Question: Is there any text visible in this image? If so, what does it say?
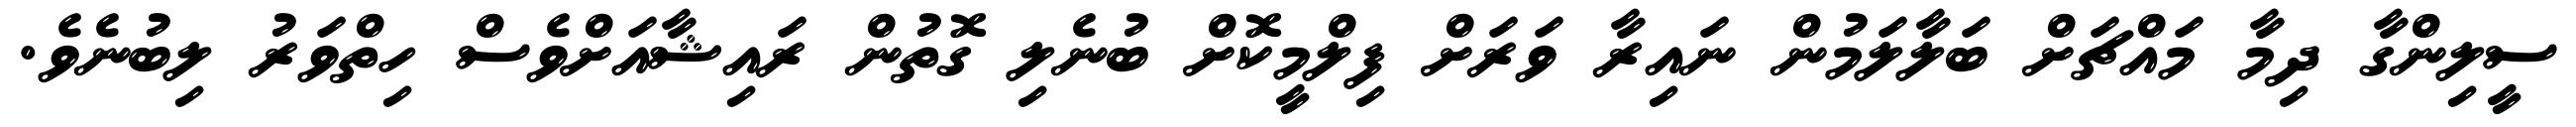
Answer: ސީލިންގާ ދިމާ މައްޗަށް ބަލާލަމުން ނައިރާ ވަރަށް ފިލްމީކޮށް ބުނެލި ގޮތުން ރައިޝާއަށްވެސް ހިތްވަރު ލިބުނެވެ.